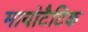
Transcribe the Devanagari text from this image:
मायोटैटिक